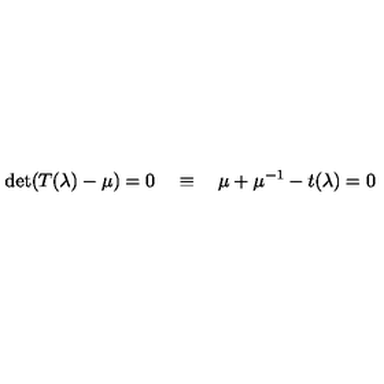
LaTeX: \det ( T ( \lambda ) - \mu ) = 0 \quad \equiv \quad \mu + \mu ^ { - 1 } - t ( \lambda ) = 0